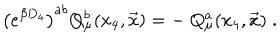
LaTeX: \left( e ^ { \beta D _ { 4 } } \right) ^ { a b } Q _ { \mu } ^ { b } ( x _ { 4 } , { \vec { x } } ) = - \ Q _ { \mu } ^ { a } ( x _ { 4 } , { \vec { x } } ) \; .